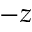
- z